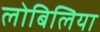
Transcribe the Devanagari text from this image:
लोबिलिया